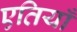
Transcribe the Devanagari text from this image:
एतियाँ